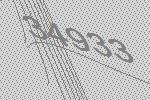
34933